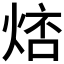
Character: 𤉮